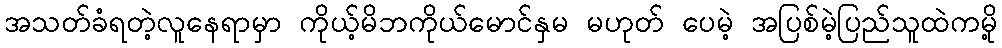
အသတ်ခံရတဲ့လူနေရာမှာ ကိုယ့်မိဘကိုယ်မောင်နှမ မဟုတ် ပေမဲ့ အပြစ်မဲ့ပြည်သူထဲကမို့